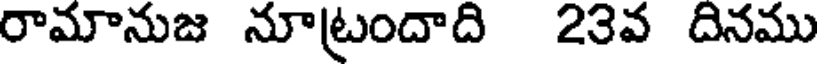
రామానుజ నూట్రందాది 23వ దినము